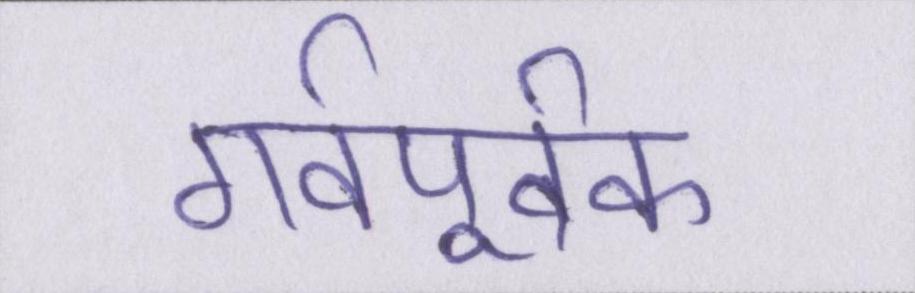
गर्वपूर्वक